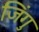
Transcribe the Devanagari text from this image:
जिंगु